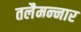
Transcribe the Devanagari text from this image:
तलैमन्‍नार